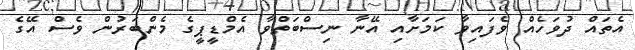
އެތައް ދުވަހެއް ވެފައިވާ ކަމަށާއި އޭނާ ނިސްބަތްވާ އެމްޑީޕީގެ މެންބަރުން ވެސް އޭގެ